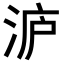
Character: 𭰢